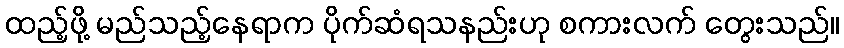
ထည့်ဖို့ မည်သည့်နေရာက ပိုက်ဆံရသနည်းဟု စကားလက် တွေးသည်။